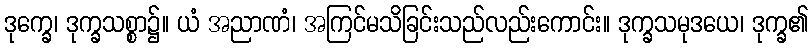
ဒုက္ခေ၊ ဒုက္ခသစ္စာ၌။ ယံ အညာဏံ၊ အကြင်မသိခြင်းသည်လည်းကောင်း။ ဒုက္ခသမုဒယေ၊ ဒုက္ခ၏